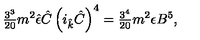
{ \textstyle \frac { 3 ^ { 3 } } { 2 0 } } m ^ { 2 } \hat { \epsilon } \hat { C } \left( i _ { \hat { k } } \hat { C } \right) ^ { 4 } = { \textstyle \frac { 3 ^ { 4 } } { 2 0 } } m ^ { 2 } \epsilon B ^ { 5 } ,